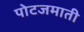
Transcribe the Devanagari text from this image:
पोटजमाती